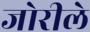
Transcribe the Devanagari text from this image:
जोरीले